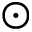
\odot